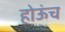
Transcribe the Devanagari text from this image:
होऊंच